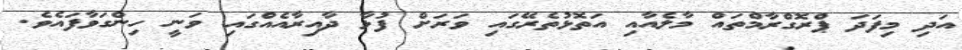
އަދި މިފަދަ ޕްރޮގްރާމްތައް މާލެއާއި އަތޮޅުތެރޭގައި ވަރަށް ފުޅާ ދާއިރާއެއްގައި ވަނީ ހިންގަވާފައެވެ.